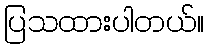
ပြသထားပါတယ်။